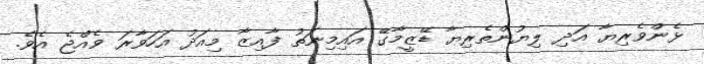
ޅެންވެރިޔާ އަދި ލިޔުންތެރިޔާ ޑޭޒީމާގޭ އައިމިނަތު ފާއިޒާ މިއަދު އަހަވާރަ ވެއްޖެ އެވެ.